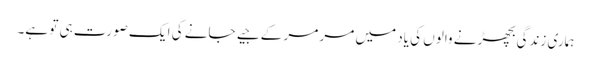
ہماری زندگی بچھڑنے والوں کی یاد میں مر مر کے جیے جانے کی ایک صورت ہی تو ہے۔